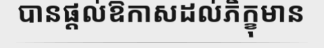
បានផ្តល់ឱកាសដល់ភិក្ខុមាន